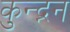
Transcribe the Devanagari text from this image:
कुन्द्नन